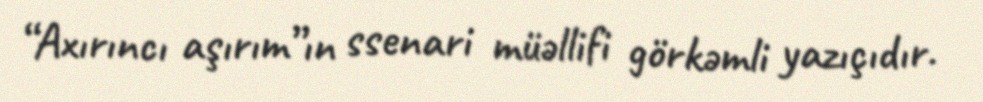
“Axırıncı aşırım”ın ssenari müəllifi görkəmli yazıçıdır.